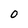
Character: O